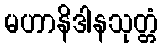
မဟာနိဒါနသုတ္တံ